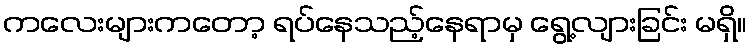
ကလေးများကတော့ ရပ်နေသည့်နေရာမှ ရွေ့လျားခြင်း မရှိ။